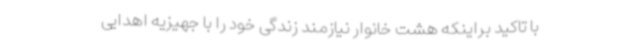
با تاکید براینکه هشت خانوار نیازمند زندگی خود را با جهیزیه اهدایی